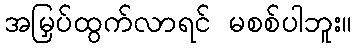
အမြှပ်ထွက်လာရင် မစစ်ပါဘူး။